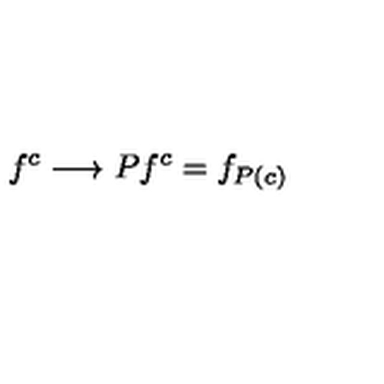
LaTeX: f ^ { c } \longrightarrow P f ^ { c } = f _ { P ( c ) }